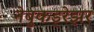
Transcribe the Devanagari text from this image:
नेबुकड्रेझर